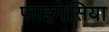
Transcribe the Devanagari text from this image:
फाइमेसिया